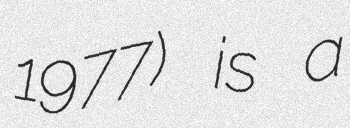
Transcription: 1977) is a